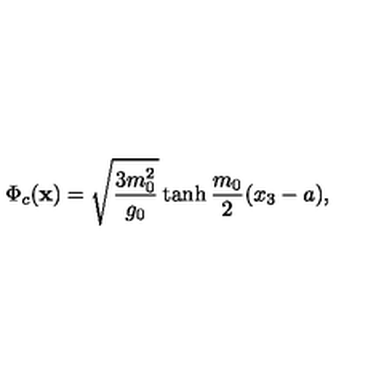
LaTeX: \Phi _ { c } ( { \bf x } ) = \sqrt { \frac { 3 m _ { 0 } ^ { 2 } } { g _ { 0 } } } \tanh \frac { m _ { 0 } } { 2 } ( x _ { 3 } - a ) ,